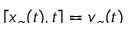
\smash { \v { u } [ \v { x } _ { \alpha } ( t ) , t ] = \v { v } _ { \alpha } ( t ) }